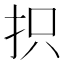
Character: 抧